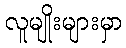
လူမျိုးများမှာ